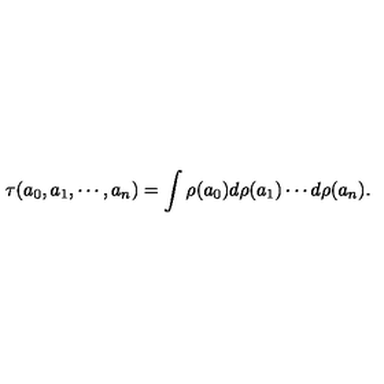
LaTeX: \tau ( a _ { 0 } , a _ { 1 } , \cdots , a _ { n } ) = \int \rho ( a _ { 0 } ) d \rho ( a _ { 1 } ) \cdots d \rho ( a _ { n } ) .